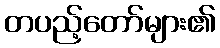
တပည့်တော်များ၏